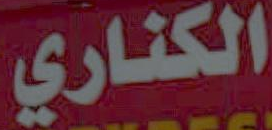
الكناري